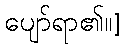
ပျော်ရာ၏။]